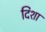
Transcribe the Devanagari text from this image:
दिशा